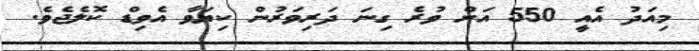
މިއަދު އެއީ 550 އަށް ވުރެ ގިނަ ދަރިވަރުން ކިޔަވާ އެވިޑް ކޮލެޖެވެ.